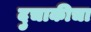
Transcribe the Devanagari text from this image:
दुचाकीचा